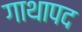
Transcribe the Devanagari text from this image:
गाथापद